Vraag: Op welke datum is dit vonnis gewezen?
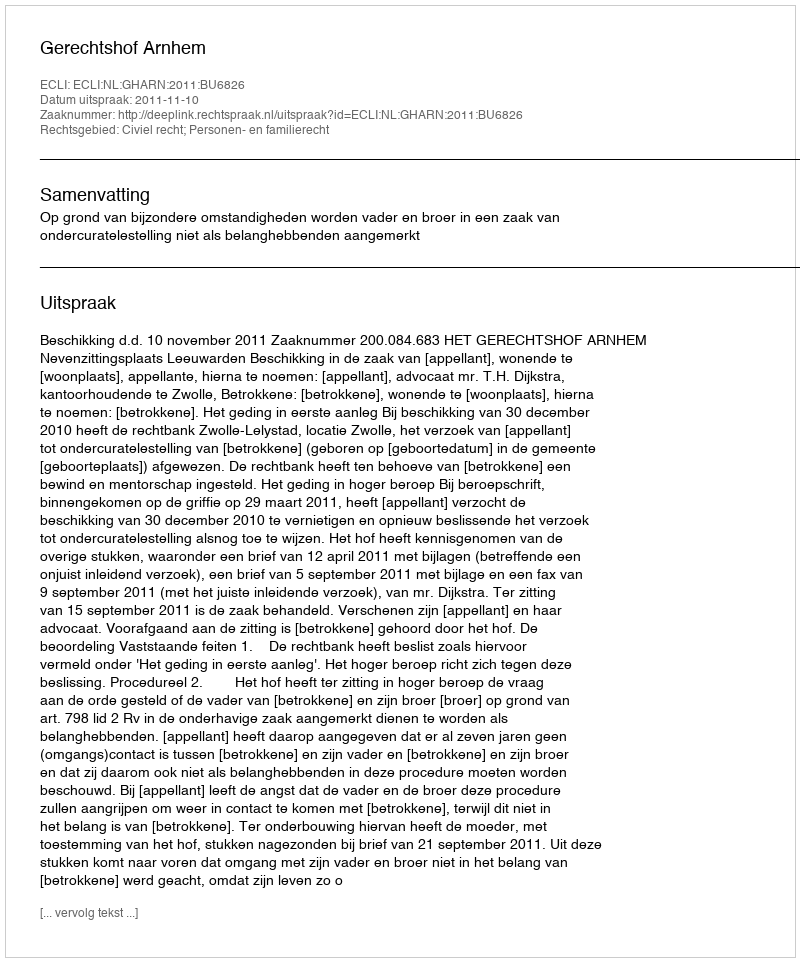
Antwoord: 2011-11-10